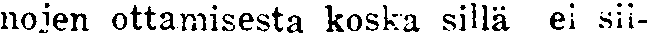
nojen ottamisesta koska sillä ei sii-